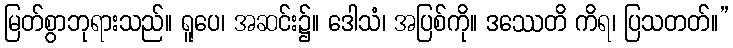
မြတ်စွာဘုရားသည်။ ရူပေ၊ အဆင်း၌။ ဒေါသံ၊ အပြစ်ကို။ ဒဿေတိ ကိရ၊ ပြသတတ်။”